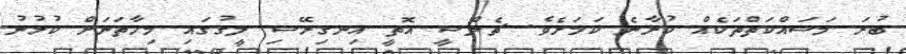
ބުރަ މަސައްކަތްތަކެއް ކުރާނެ ކަމަށެވެ. ޗެލްސީ އޮތީ އިނގިރޭސި ލީގުގައި މިހާތަނަށް ކުޅުނު